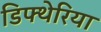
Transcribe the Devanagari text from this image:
डिफ्थेरिया